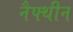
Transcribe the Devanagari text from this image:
नैफ्थीन